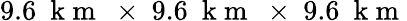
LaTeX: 9.6~\mathrm{~k~m~}~\times~9.6~\mathrm{~k~m~}~\times~9.6~\mathrm{~k~m~}